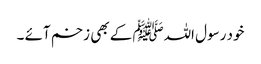
خود رسول اللہﷺ کے بھی زخم آئے ۔